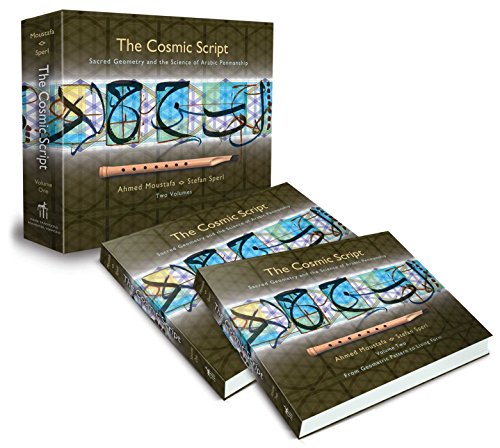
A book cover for The Cosmic Script: Sacred Geometry and the Science of Arabic Penmanship; Ahmed Moustafa; Mystery, Thriller & Suspense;